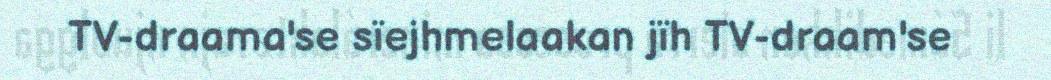
TV-draama'se sïejhmelaakan jïh TV-draam'se